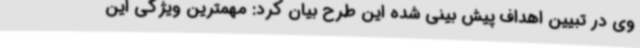
وی در تبیین اهداف پیش بینی شده این طرح بیان کرد: مهمترین ویژگی این